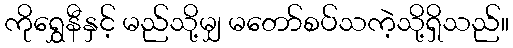
ကိုရွှေနီနှင့် မည်သို့မျှ မတော်စပ်သကဲ့သို့ရှိသည်။